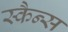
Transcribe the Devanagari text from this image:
स्कैन्स